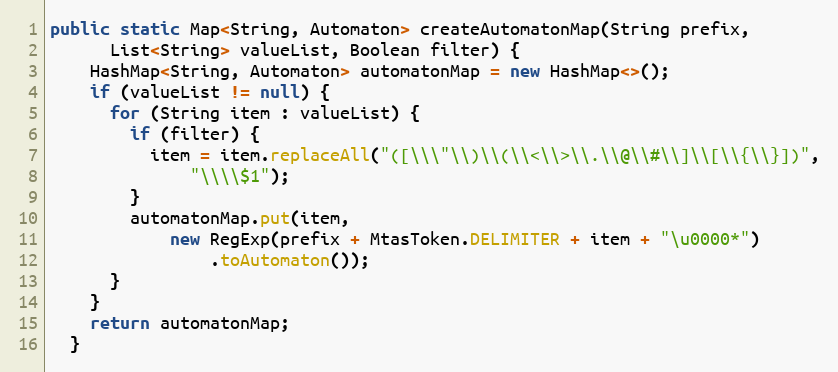
Language: Java
public static Map<String, Automaton> createAutomatonMap(String prefix,
      List<String> valueList, Boolean filter) {
    HashMap<String, Automaton> automatonMap = new HashMap<>();
    if (valueList != null) {
      for (String item : valueList) {
        if (filter) {
          item = item.replaceAll("([\\\"\\)\\(\\<\\>\\.\\@\\#\\]\\[\\{\\}])",
              "\\\\$1");
        }
        automatonMap.put(item,
            new RegExp(prefix + MtasToken.DELIMITER + item + "\u0000*")
                .toAutomaton());
      }
    }
    return automatonMap;
  }